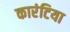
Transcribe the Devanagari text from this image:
कारंटिया